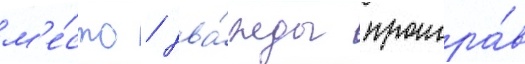
м'е́сто / два́жды проигра́в